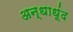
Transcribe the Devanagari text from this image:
अन्धाधूंद